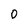
Character: O